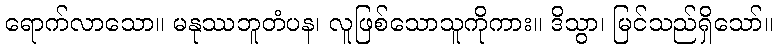
ရောက်လာသော။ မနုဿဘူတံပန၊ လူဖြစ်သောသူကိုကား။ ဒိသွာ၊ မြင်သည်ရှိသော်။